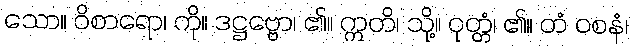
သော။ ဝိစာရော၊ ကို။ ဒဋ္ဌဗ္ဗော၊ ၏။ ဣတိ၊ သို့။ ဝုတ္တံ၊ ၏။ တံ ဝစနံ၊